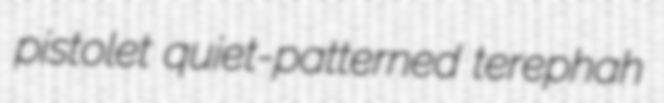
pistolet quiet-patterned terephah